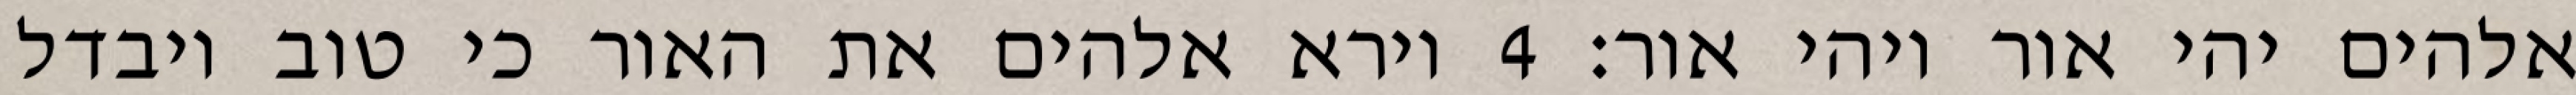
אלהים יהי אור ויהי אור׃ ‎4‏ וירא אלהים את האור כי טוב ויבדל